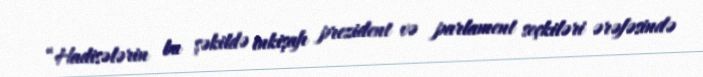
“Hadisələrin bu şəkildə inkişafı prezident və parlament seçkiləri ərəfəsində